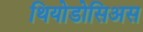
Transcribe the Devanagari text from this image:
थियोडोसिअस